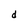
Character: d